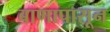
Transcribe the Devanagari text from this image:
बाणापासून